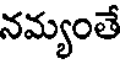
నమ్యంతే